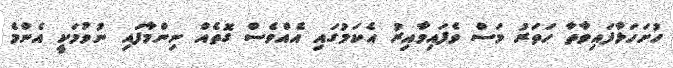
ހުށަހަޅާފައިވާތާ ހަތަރު މަސް ވެފައިވާއިރު އެކަމުގައި އެއްވެސް ގޮތެއް ނިންމާފައި ނުވުމަކީ އެންމެ